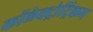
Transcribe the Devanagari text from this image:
कॉलेक्ट्रोट्रिकम